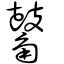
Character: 𪔝